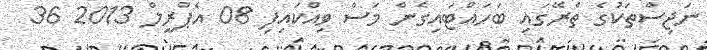
ނަޖިސްތަކުގެ ތެރޭގައި ބަހައްޓައިގެން މަސް ވިއްކައިފި 08 އެޕްރީލް 2013 36